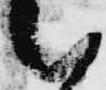
候